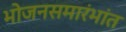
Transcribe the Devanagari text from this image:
भोजनसमारंभांत